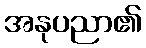
အနုပညာ၏